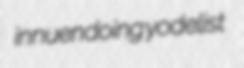
innuendoing yodelist